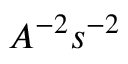
A ^ { - 2 } s ^ { - 2 }